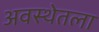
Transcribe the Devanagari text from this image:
अवस्थेतला